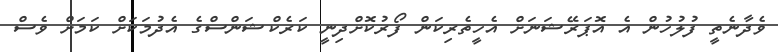
ވެދާނެތީ ފުލުހުން އެ އޮޕަރޭޝަނަށް އެހީތެރިކަން ފޯރުކޮށްދިނީ ކަރެކްޝަންސްގެ އެދުމަކަށް ކަމަށް ވެސް